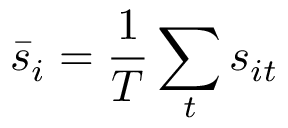
\bar { s } _ { i } = \frac { 1 } { T } \sum _ { t } s _ { i t }